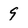
Character: 9